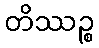
တိဿဉ္စ